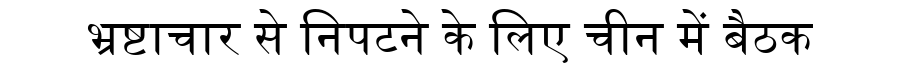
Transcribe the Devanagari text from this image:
भ्रष्टाचार से निपटने के लिए चीन में बैठक